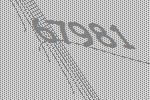
67981